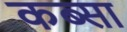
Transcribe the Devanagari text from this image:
कब्सा